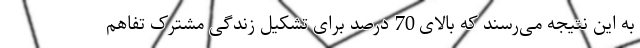
به این نتیجه می‌رسند که بالای 70 درصد برای تشکیل زندگی مشترک تفاهم